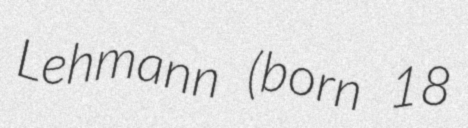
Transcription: Lehmann (born 18